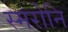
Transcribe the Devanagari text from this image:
स्मरोनि